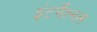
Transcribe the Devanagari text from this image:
इंटर्नैश्नल